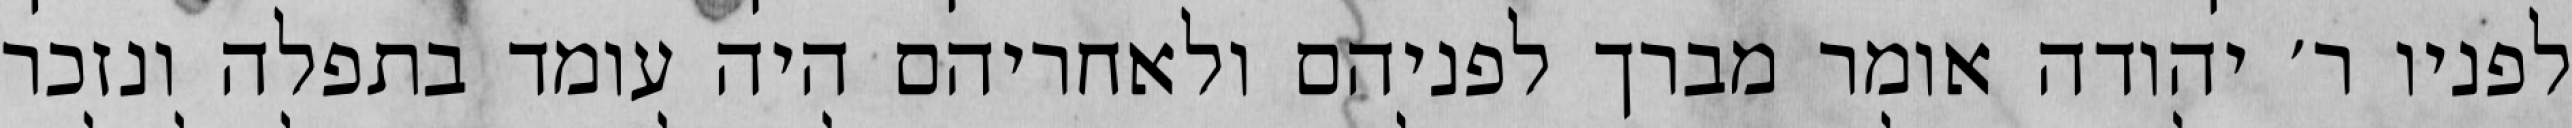
לפניו ר׳ יהודה אומר מברך לפניהם ולאחריהם היה עומד בתפלה ונזכר